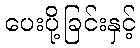
ပေးပို့ခြင်းနှင့်